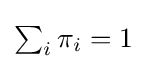
{\textstyle \sum _{i}\pi _{i}=1}